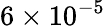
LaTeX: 6\times 10^{-5}